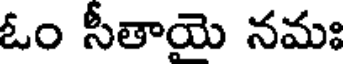
ఓం సీతాయె నమః